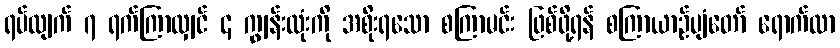
ရပ်လျက် ၇ ရက်ကြာလျှင် ၄ ကျွန်းလုံးကို အစိုးရသော စကြာမင်း ဖြစ်ဖို့ရန် စကြာယာဉ်ပျံတော် ရောက်လာ